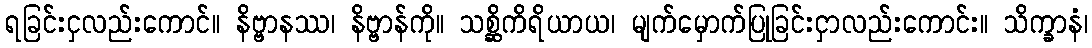
ရခြင်းငှလည်းကောင်။ နိဗ္ဗာနဿ၊ နိဗ္ဗာန်ကို။ သစ္ဆိကိရိယာယ၊ မျက်မှောက်ပြုခြင်းငှာလည်းကောင်း။ သိက္ခာနံ၊